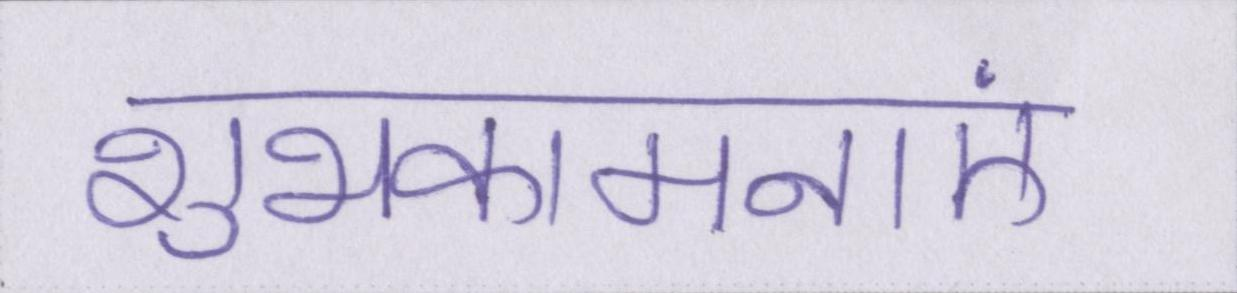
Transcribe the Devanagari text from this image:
शुभकामनाएं